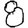
Digit: 8